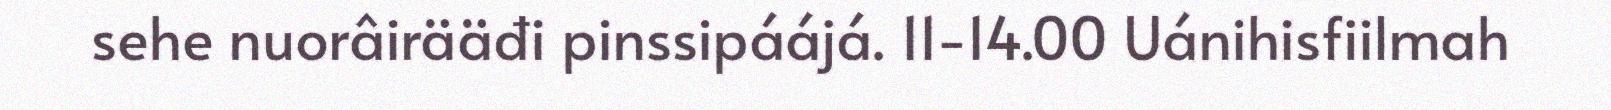
sehe nuorâirääđi pinssipáájá. 11-14.00 Uánihisfiilmah